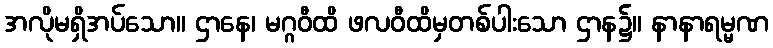
အလိုမရှိအပ်သော။ ဌာနေ၊ မဂ္ဂဝီထိ ဖလဝီထိမှတစ်ပါးသော ဌာန၌။ နာနာရမ္မဏ